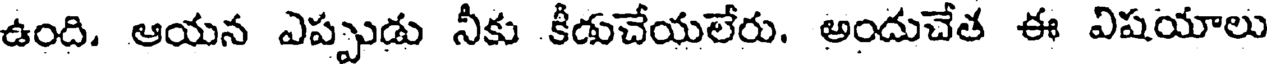
ఉంది. ఆయన ఎప్పుడు నీకు కీడుచేయలేరు. అందుచేత ఈ విషయాలు